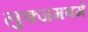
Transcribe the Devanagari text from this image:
लुक्जमवर्ग